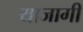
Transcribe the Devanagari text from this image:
याजागी